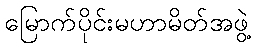
မြောက်ပိုင်းမဟာမိတ်အဖွဲ့